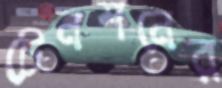
টেনশনের